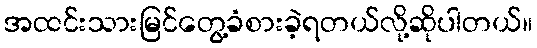
အထင်းသားမြင်တွေ့ခံစားခဲ့ရတယ်လို့ဆိုပါတယ်။